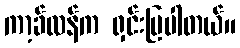
ကာ့ခ်လန်က ရှင်းပြပါတယ်။